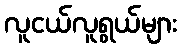
လူငယ်လူရွယ်များ